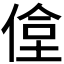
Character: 𬾶